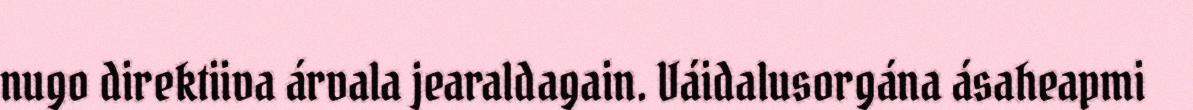
nugo direktiiva árvala jearaldagain. Váidalusorgána ásaheapmi